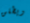
ويطلق